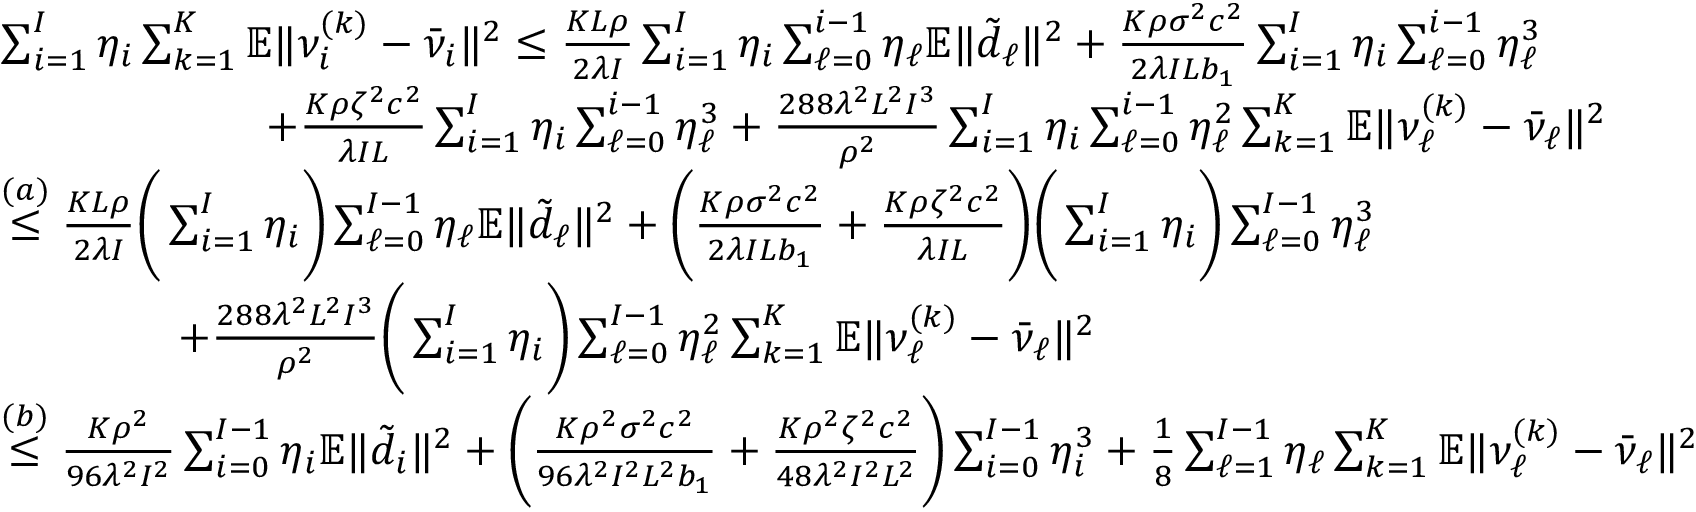
\begin{array} { r l } & { \sum _ { i = 1 } ^ { I } \eta _ { i } \sum _ { k = 1 } ^ { K } \mathbb { E } \| \nu _ { i } ^ { ( k ) } - \bar { \nu } _ { i } \| ^ { 2 } \leq \frac { K L \rho } { 2 \lambda I } \sum _ { i = 1 } ^ { I } \eta _ { i } \sum _ { \ell = 0 } ^ { i - 1 } \eta _ { \ell } \mathbb { E } \| \tilde { d } _ { \ell } \| ^ { 2 } + { \frac { K \rho \sigma ^ { 2 } c ^ { 2 } } { 2 \lambda I L b _ { 1 } } } \sum _ { i = 1 } ^ { I } \eta _ { i } \sum _ { \ell = 0 } ^ { i - 1 } \eta _ { \ell } ^ { 3 } } \\ & { \qquad \qquad \qquad + { \frac { K \rho \zeta ^ { 2 } c ^ { 2 } } { \lambda I L } } \sum _ { i = 1 } ^ { I } \eta _ { i } \sum _ { \ell = 0 } ^ { i - 1 } \eta _ { \ell } ^ { 3 } + \frac { 2 8 8 \lambda ^ { 2 } L ^ { 2 } I ^ { 3 } } { \rho ^ { 2 } } \sum _ { i = 1 } ^ { I } \eta _ { i } \sum _ { \ell = 0 } ^ { i - 1 } \eta _ { \ell } ^ { 2 } \sum _ { k = 1 } ^ { K } \mathbb { E } \| \nu _ { \ell } ^ { ( k ) } - \bar { \nu } _ { \ell } \| ^ { 2 } } \\ & { \overset { ( a ) } { \leq } \frac { K L \rho } { 2 \lambda I } \bigg ( \sum _ { i = 1 } ^ { I } \eta _ { i } \bigg ) \sum _ { \ell = 0 } ^ { I - 1 } \eta _ { \ell } \mathbb { E } \| \tilde { d } _ { \ell } \| ^ { 2 } + \bigg ( { \frac { K \rho \sigma ^ { 2 } c ^ { 2 } } { 2 \lambda I L b _ { 1 } } } + { \frac { K \rho \zeta ^ { 2 } c ^ { 2 } } { \lambda I L } } \bigg ) \bigg ( \sum _ { i = 1 } ^ { I } \eta _ { i } \bigg ) \sum _ { \ell = 0 } ^ { I - 1 } \eta _ { \ell } ^ { 3 } } \\ & { \qquad \qquad + \frac { 2 8 8 \lambda ^ { 2 } L ^ { 2 } I ^ { 3 } } { \rho ^ { 2 } } \bigg ( \sum _ { i = 1 } ^ { I } \eta _ { i } \bigg ) \sum _ { \ell = 0 } ^ { I - 1 } \eta _ { \ell } ^ { 2 } \sum _ { k = 1 } ^ { K } \mathbb { E } \| \nu _ { \ell } ^ { ( k ) } - \bar { \nu } _ { \ell } \| ^ { 2 } } \\ & { \overset { ( b ) } { \leq } \frac { K \rho ^ { 2 } } { 9 6 \lambda ^ { 2 } I ^ { 2 } } \sum _ { i = 0 } ^ { I - 1 } \eta _ { i } \mathbb { E } \| \tilde { d } _ { i } \| ^ { 2 } + \bigg ( \frac { K \rho ^ { 2 } \sigma ^ { 2 } c ^ { 2 } } { 9 6 \lambda ^ { 2 } I ^ { 2 } L ^ { 2 } b _ { 1 } } + \frac { K \rho ^ { 2 } \zeta ^ { 2 } c ^ { 2 } } { 4 8 \lambda ^ { 2 } I ^ { 2 } L ^ { 2 } } \bigg ) \sum _ { i = 0 } ^ { I - 1 } \eta _ { i } ^ { 3 } + \frac { 1 } { 8 } \sum _ { \ell = 1 } ^ { I - 1 } \eta _ { \ell } \sum _ { k = 1 } ^ { K } \mathbb { E } \| \nu _ { \ell } ^ { ( k ) } - \bar { \nu } _ { \ell } \| ^ { 2 } } \end{array}